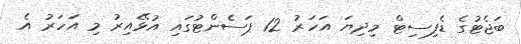
ބަޖެޓުގެ ޑެފިސިޓް މިދިޔަ އަހަރު 12 ޕަސެންޓުގައި އުޅޭއިރު މި އަހަރު އެ